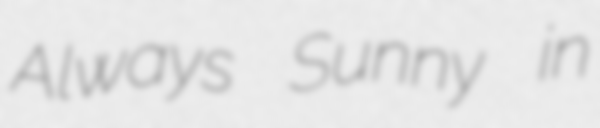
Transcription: Always Sunny in